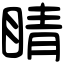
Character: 睛